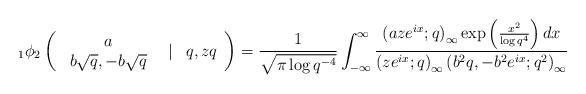
LaTeX: \begin{align*}_{1}\phi_{2}\left(\begin{array}{ccc}\begin{array}{c}a\\b\sqrt{q},-b\sqrt{q}\end{array} & \vert & q,zq\end{array}\right)=\frac{1}{\sqrt{\pi\log q^{-4}}}\int_{-\infty}^{\infty}\frac{\left(aze^{ix};q\right)_{\infty}\exp\left(\frac{x^{2}}{\log q^{4}}\right)dx}{\left(ze^{ix};q\right)_{\infty}\left(b^{2}q,-b^{2}e^{ix};q^{2}\right)_{\infty}}\end{align*}